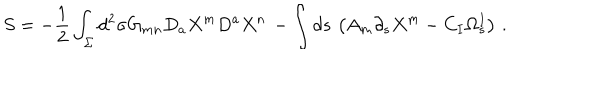
S = - \frac { 1 } { 2 } \int _ { \Sigma } d ^ { 2 } \sigma G _ { m n } D _ { a } X ^ { m } D ^ { a } X ^ { n } \, - \int d s \, \left( A _ { m } \partial _ { s } X ^ { m } - C _ { I } \Omega _ { s } ^ { I } \right) \, .